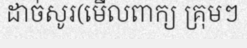
ដាច់សូរ(មើលពាក្យ គ្រុមៗ